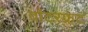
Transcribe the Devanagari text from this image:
वॉटरफ़्रंट